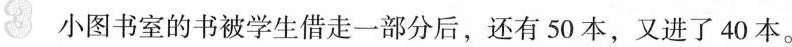
3 小图书室的书被学生借走一部分后，还有50本，又进了40本。